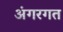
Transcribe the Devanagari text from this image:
अंगरगत